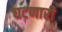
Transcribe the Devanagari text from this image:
घटणारी